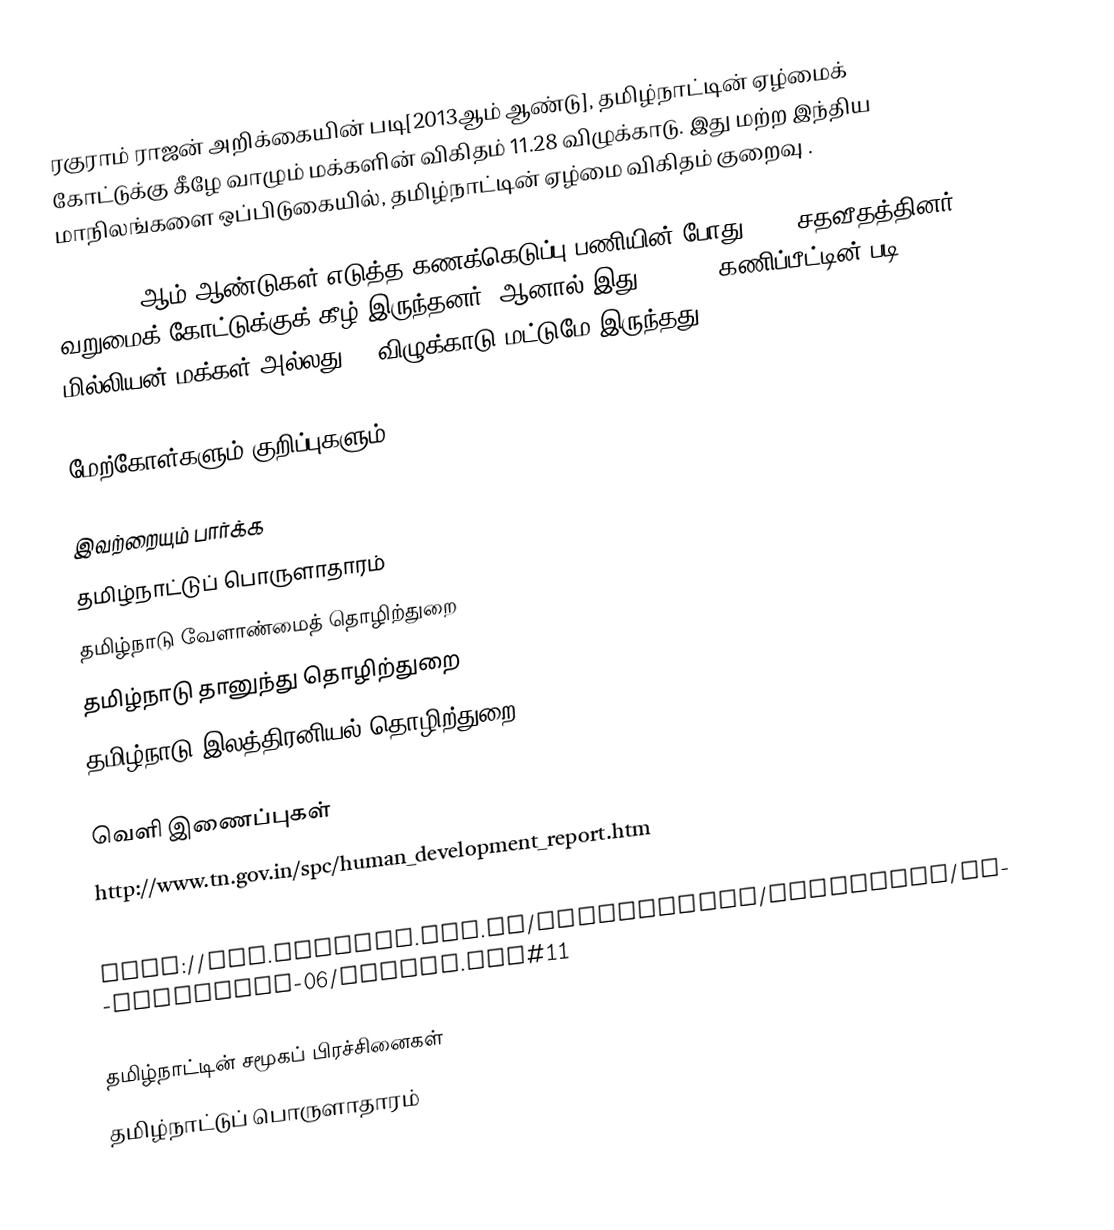
ரகுராம் ராஜன் அறிக்கையின் படி[2013ஆம் ஆண்டு], தமிழ்நாட்டின் ஏழ்மைக் கோட்டுக்கு கீழே வாழும் மக்களின் விகிதம் 11.28 விழுக்காடு. இது மற்ற இந்திய மாநிலங்களை ஒப்பிடுகையில், தமிழ்நாட்டின் ஏழ்மை விகிதம் குறைவு .

2004/2005ஆம் ஆண்டுகள் எடுத்த கணக்கெடுப்பு பணியின் போது 29.4 சதவீதத்தினர் வறுமைக் கோட்டுக்குக் கீழ் இருந்தனர். ஆனால் இது 1999/00 கணிப்பீட்டின் படி 12-17 மில்லியன் மக்கள் அல்லது 21 விழுக்காடு மட்டுமே இருந்தது.

மேற்கோள்களும் குறிப்புகளும்

இவற்றையும் பார்க்க
 தமிழ்நாட்டுப் பொருளாதாரம்
 தமிழ்நாடு வேளாண்மைத் தொழிற்துறை
 தமிழ்நாடு தானுந்து தொழிற்துறை
 தமிழ்நாடு இலத்திரனியல் தொழிற்துறை

வெளி இணைப்புகள்
 http://www.tn.gov.in/spc/human_development_report.htm
 http://www.undp.org.in/hdrc/shdr/hglgts/Tamil%20Nadu.pdf#search=%22tamil%20nadu%20poverty%22
 http://www.devstud.org.uk/studygroups/economics/ti-symposium-06/Tiwari.ppt#11

தமிழ்நாட்டின் சமூகப் பிரச்சினைகள்
தமிழ்நாட்டுப் பொருளாதாரம்